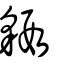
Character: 貑